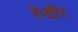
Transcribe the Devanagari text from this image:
रेन्डीर